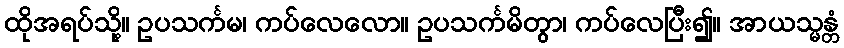
ထိုအရပ်သို့။ ဥပသင်္ကမ၊ ကပ်လေလော။ ဥပသင်္ကမိတွာ၊ ကပ်လေပြီး၍။ အာယသ္မန္တံ